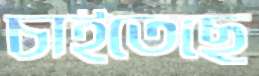
চাইতেছে